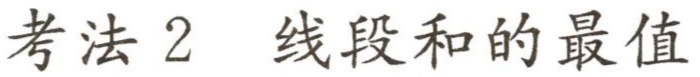
考法 2 线段和的最值